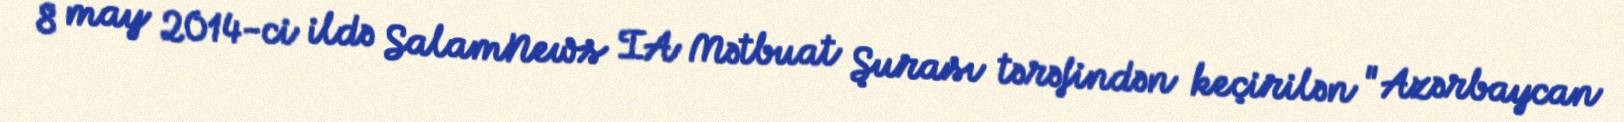
8 may 2014-ci ildə SalamNews IA Mətbuat Şurası tərəfindən keçirilən "Azərbaycan